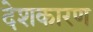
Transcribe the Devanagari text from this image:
देशकारण